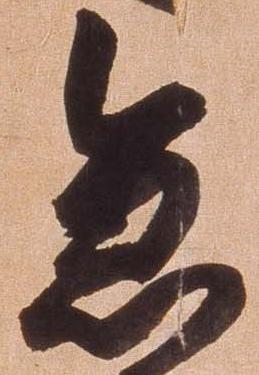
急